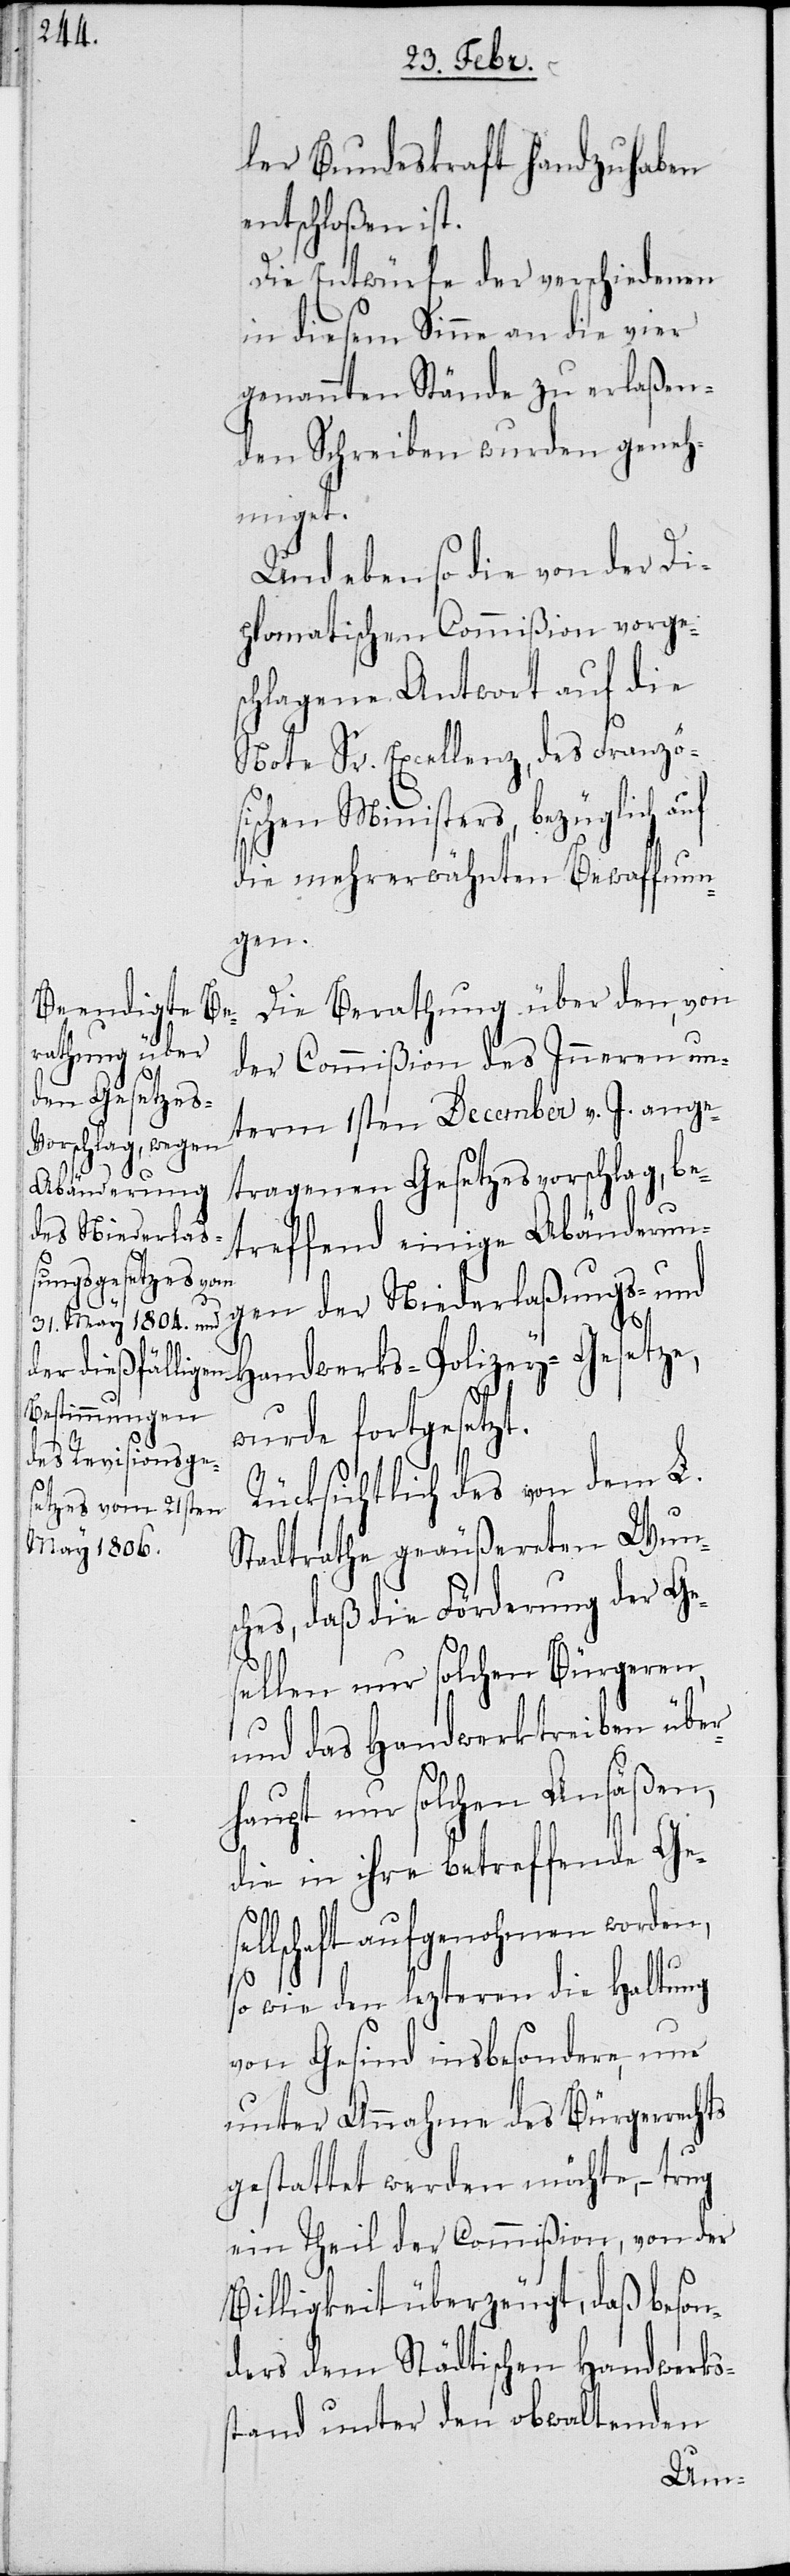
ler Bundeskraft handzuhaben
entschloßen ist.
Die Entwürfe der verschiedenen
in diesem Sinne an die vier
genannten Stände zu erlaßen¬
den Schreiben wurden geneh¬
sel¬
Und ebenso die von der Di¬
plomatischen Commißion vorges¬
chlagene Antwort auf die
Note Sr. Excellenz, des Französi¬
schen Ministers, bezüglich
die mehrerwähnten Bewaffnun¬
gen.
Die Berathung über den, von
der Commißion des Inneren un¬
term 1sten December v. J. ange¬
tragenen Gesetzesvorschlag, be¬
treffend einige Abänderun¬
gen der Niederlaßungs- und
Handwerks-Polizey-Gesetze,
wurde fortgesetzt.
Rücksichtlich des von dem L.
Stadtrathe geäußerten Wuns¬
ches, daß die Förderung der Ge¬
und das Handwerktreiben über¬
haupt nur solchen Ansäßen,
die in ihre betreffende Gesel¬
lschaft aufgenohmen worden,
so wie den lezteren die Haltung
von Gesinde insbesondere, nur
unter Annahme des Bürgerrechts
gestattet werden möchte, – trug
ein Theil der Commißion, von der
Billigkeit überzeugt, daß beson¬
ders dem Städtischen Handwerks¬
stand unter den obwaltenden